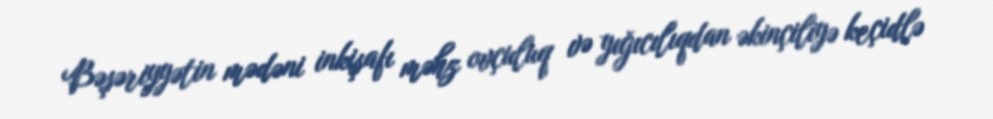
Bəşəriyyətin mədəni inkişafı məhz ovçuluq və yığıcılıqdan əkinçiliyə keçidlə